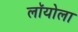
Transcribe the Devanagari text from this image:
लॉयोला